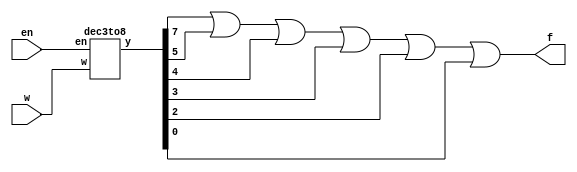
module q1(w, en, f);
input [2: 0]w;
input en;
output f;
wire [0: 7]Y;
dec3to8 level(w, en, Y);
assign f = Y[0] | Y[2] | Y[3] | Y[4] | Y[5] | Y[7];
endmodule

module dec3to8(w, en, y);
input [2: 0]w;
input en;
output [0: 7]y;
reg [0: 7]y;
always @(en or w)
	case({en, w})
	4'b1000 : y = 8'b10000000;
	4'b1001 : y = 8'b01000000;
	4'b1010 : y = 8'b00100000;
	4'b1011 : y = 8'b00010000;
	4'b1100 : y = 8'b00001000;
	4'b1101 : y = 8'b00000100;
	4'b1110 : y = 8'b00000010;
	4'b1111 : y = 8'b00000001;
	default : y = 8'b00000000;
	endcase
endmodule